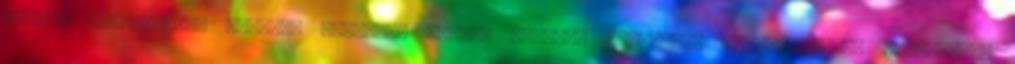
Hogyan rendelhetek online? Személyi adatok védelme Általános felhasználási feltételek